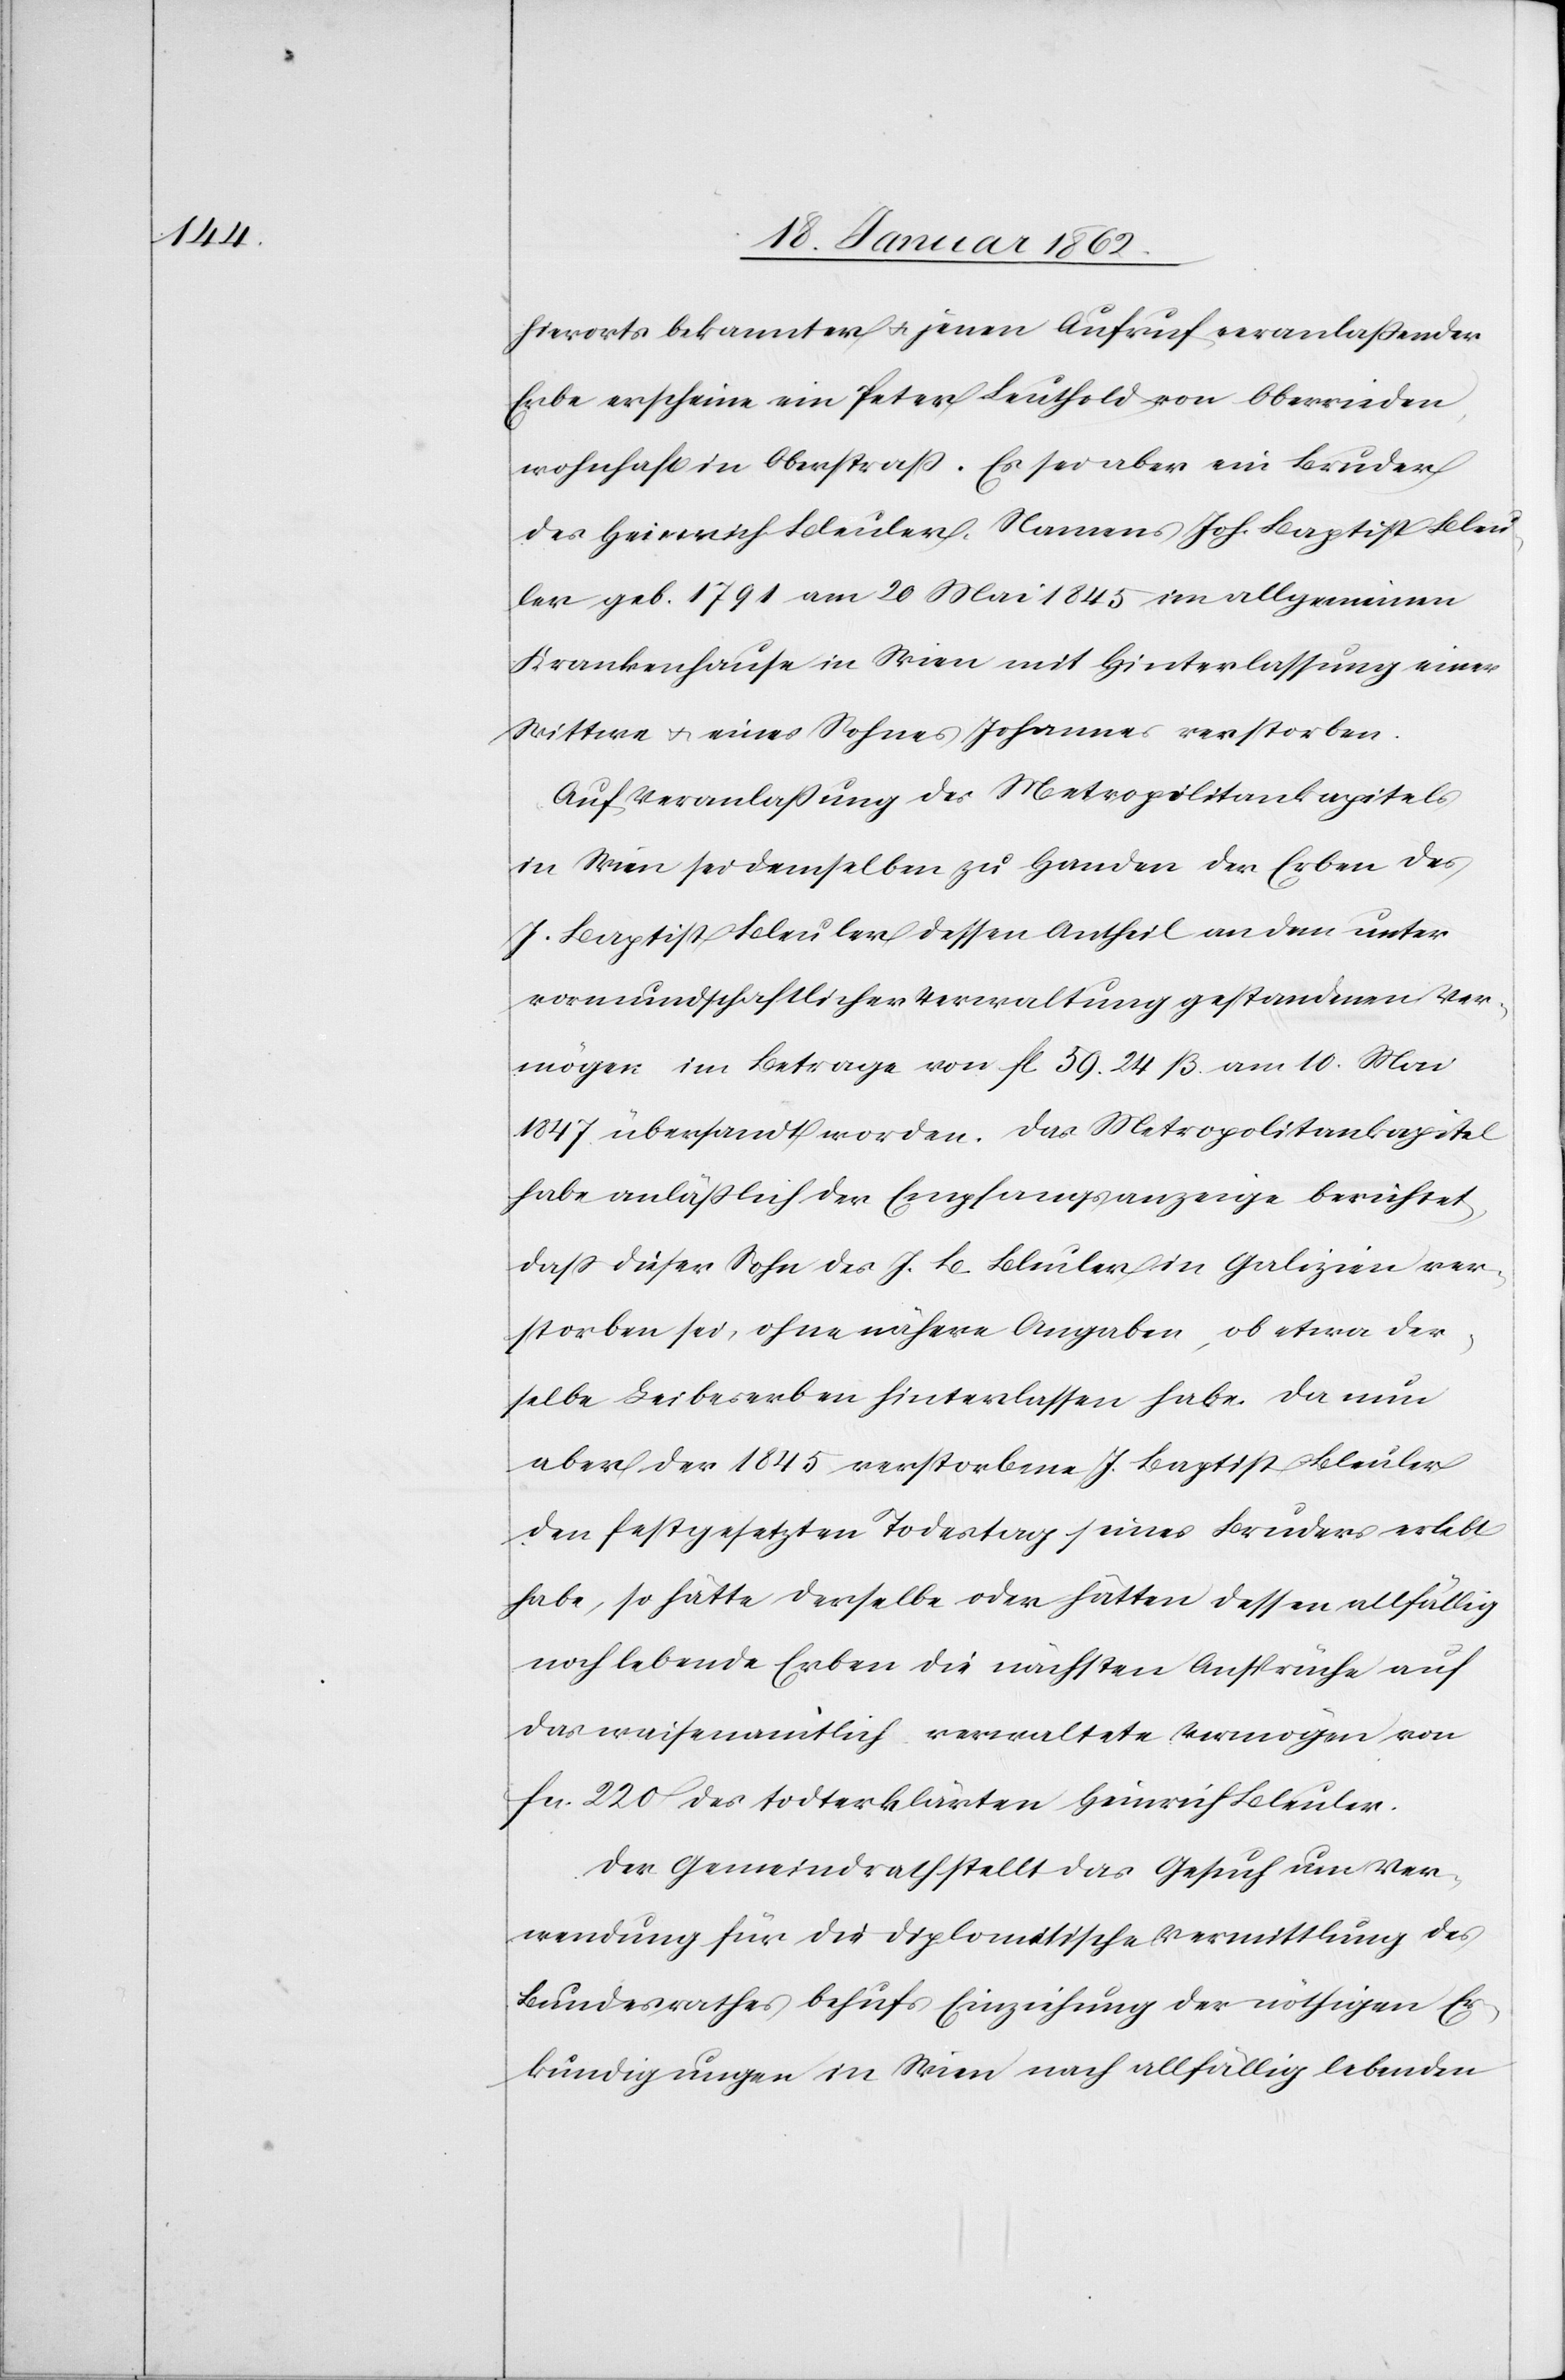
hierorts bekannter u. jenen Aufruf veranlaßender
Erbe erscheine ein Peter Leuthold von Oberrieden,
wohnhaft in Oberstraß. Es sei aber ein Bruder
des Heinrich Bleuler, Namens Joh. Baptist Bleu¬
ler geb. 1791 am 20 Mai 1845 im allgemeinen
Krankenhause in Wien mit Hinterlassung einer
Wittwe u. eines Sohnes Johannes verstorben.
Auf Veranlaßung des Metropolitankapitels
in Wien sei demselben zu Handen der Erben des
J. Baptist Bleuler dessen Antheil an dem unter
vormundschaftlicher Verwaltung gestandenen Ver¬
mögen im Betrage von fl. 59. 24 ß. am 10. Mai
1847 übersandt worden. Das Metropolitankapitel
habe anläßlich der Empfangsanzeige berichtet,
daß dieser Sohn des J. B. Bleuler in Galizien ver¬
storben sei, ohne nähere Angaben, ob etwa der¬
selbe Leibeserben hinterlassen habe. Da nun
aber der 1845 verstorbene J. Baptist Bleuler
den festgesetzten Todestag seines Bruders erlebt
habe, so hätte derselbe oder hätten dessen allfällig
noch lebende Erben die nächsten Ansprüche auf
das waisenamtlich verwaltete Vermögen von
fcs. 220 des todterklärten Heinrich Bleuler.
Der Gemeindrath stellt das Gesuch um Ver¬
wendung für die diplomatische Vermittlung des
Bundesrathes behufs Einziehung der nöthigen Er¬
kundigungen in Wien nach allfällig lebenden